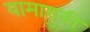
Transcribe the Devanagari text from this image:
यामागुकी